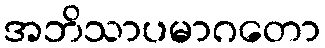
အဘိသာပမာဂတော